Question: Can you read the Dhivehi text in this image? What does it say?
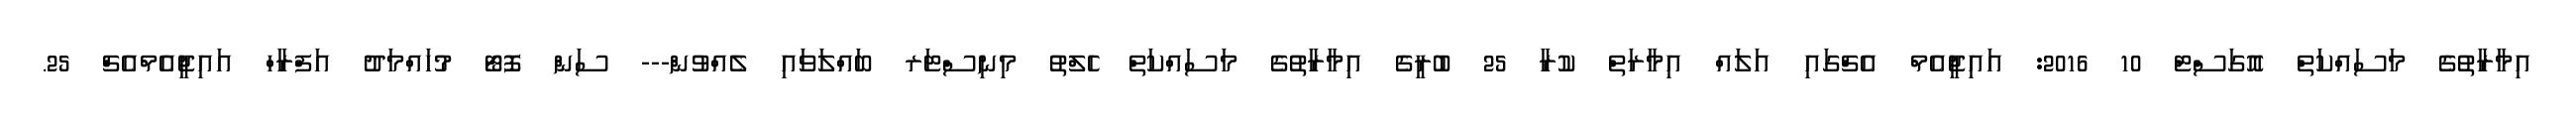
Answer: އިމާރާތުގެ މަސައްކަތް އޮގަސްޓް 10 2016: އައިޖީއެމް އެޗްގައި އަލައް އިމާރަތް ކުރާ 25 ބުރީގެ އިމާރާތުގެ މަސައްކަތް ހެލްތު މިނިސްޓަރ ބައްލަވައި ލެއްވުން--- ސަން ފޮޓޯ މުހައްމަދު އަފްރާހް އައިޖީއެމްއެޗް 25.